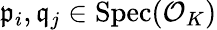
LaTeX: {\mathfrak{p}}_{i},{\mathfrak{q}}_{j}\in{\mathrm{Spec}}({\mathcal{O}}_{K})